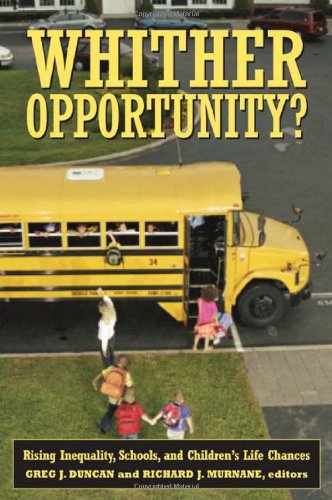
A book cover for Whither Opportunity?: Rising Inequality, Schools, and Children's Life Chances (Copublished with the Spencer Foundation); Politics & Social Sciences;